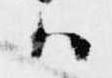
ハ